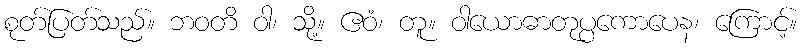
စုတ်ပြတ်သည်။ ဘဝတိ ဝါ၊ သို့။ ဧဝံ၊ တူ။ ဝါယောဓာတုပ္ပကောပေန၊ ကြောင့်။